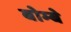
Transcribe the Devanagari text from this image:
बोम्‍बे